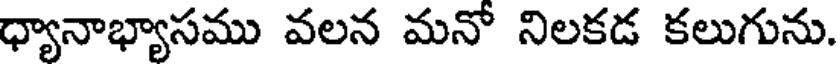
ధ్యానాభ్యాసము వలన మనో నిలకడ కలుగును.